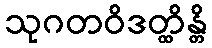
သုဂတဝိဒတ္ထိန္တိ